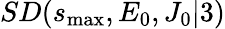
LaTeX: SD(s_{\mathrm{max}},E_{0},J_{0}\vert 3)